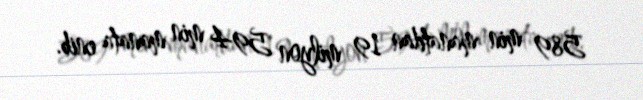
589 min manatdan 19 milyon 594 min manata enib.